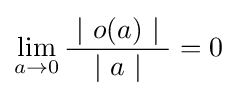
\lim _{a\rightarrow 0}{\frac {\ \left|\ o(a)\ \right|\ }{\left|\ a\ \right|}}=0\